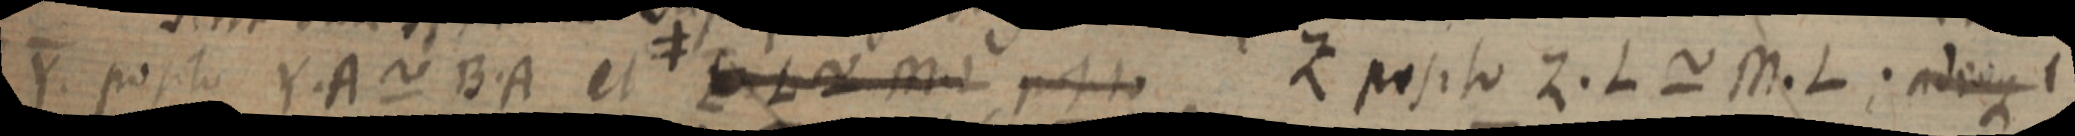
Y. posito Y. A ~ B. A et _ L ~ M posito Z posito Z. L ~ M. L; adeoque